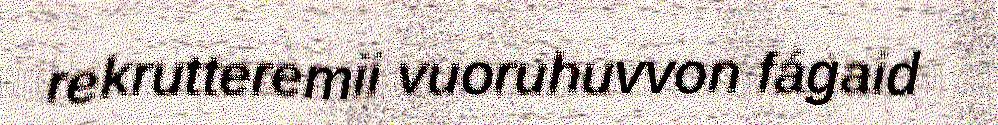
rekrutteremii vuoruhuvvon fágaid